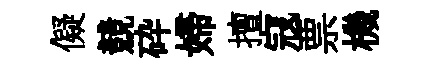
儗競砕婦擅寇票機